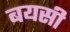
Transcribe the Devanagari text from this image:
बयसी